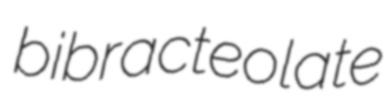
bibracteolate